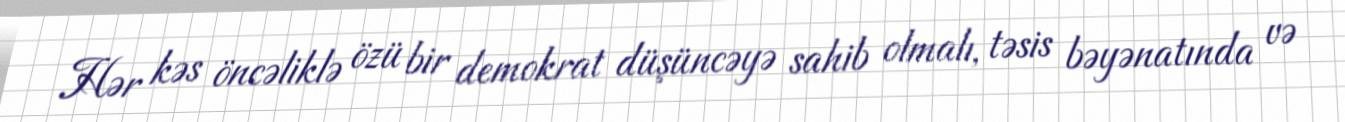
Hər kəs öncəliklə özü bir demokrat düşüncəyə sahib olmalı, təsis bəyənatında və